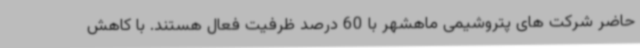
حاضر شرکت های پتروشیمی ماهشهر با 60 درصد ظرفیت فعال هستند. با کاهش